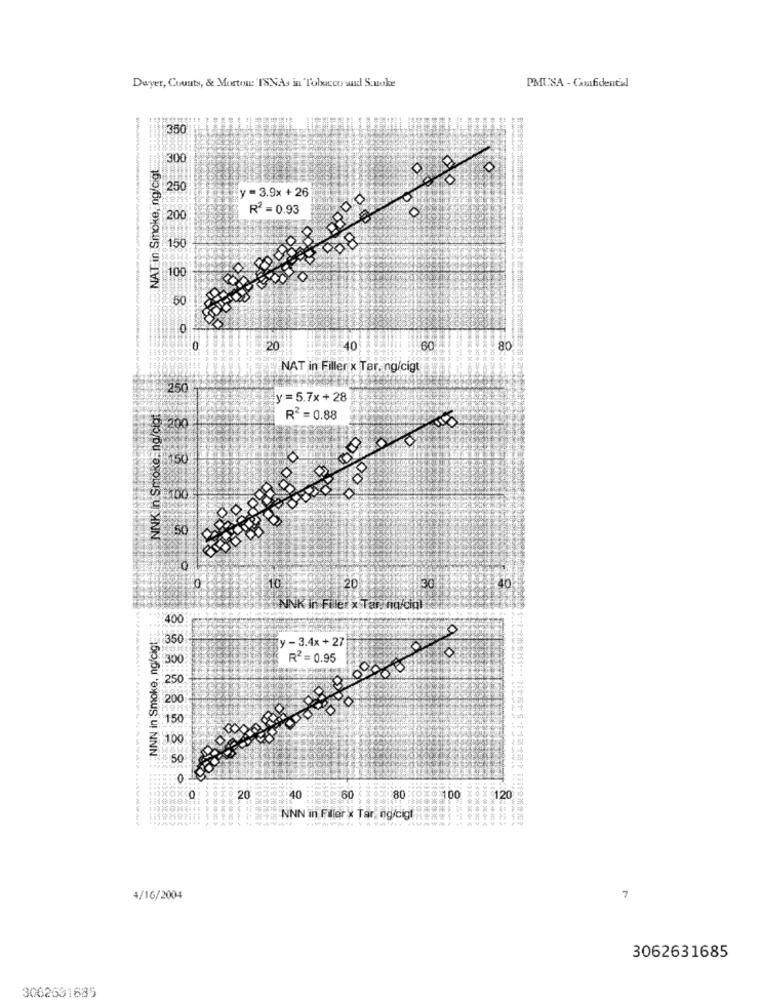
Dwyer, County, & Mortos:'ISNAs in Tobacco and Sonoke
PMUSA - Confidential
350
NAT in Smoke, ng/cigt
300
WWWA
0
250
y = 3.9x +26
R2 = 0.93
200
150
100
50
0
20
40
80
NAT in Filler x Tar, ng/cigt
250
y =5.7x+28
NNK in Smoke. na/cigt
200
R2 = 0.88
150
$100
50
40
10
20
NINK in Filet x Tar. no/cial
400
NNN in Smoke, ng/cigt
y - 3.4x + 27
90
R2 = 0.95
250
150
100
50
0:
80
20
40
:X 60
@100
120
"NNN in Filler x Tar, ngldigt
4/16/2004
7
3062631685
3062531685